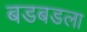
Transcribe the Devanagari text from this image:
बडबडला